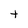
Character: t